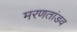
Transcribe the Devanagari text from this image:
मरणतांडव